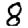
Digit: 8